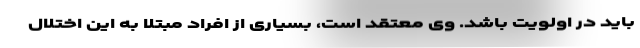
باید در اولویت باشد. وی معتقد است، بسیاری از افراد مبتلا به این اختلال